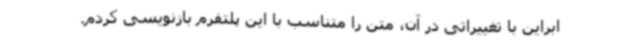
ابراین با تغییراتی در آن، متن را متناسب با این پلتفرم بازنویسی کردم.